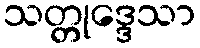
သတ္တုဒ္ဒေသာ